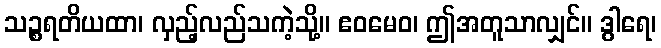
သဉ္စရတိယထာ၊ လှည့်လည်သကဲ့သို့။ ဧဝမေဝ၊ ဤအတူသာလျှင်။ ဒွါရေ၊